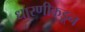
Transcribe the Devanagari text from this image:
धारणीकडून